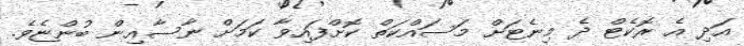
އަދި އެ ރޮކެޓް ދެ މިނެޓަށް މަސައްކަތް ކޮށްފައިވާ ކަމަށް ނާސާއިން ބުންޏެވެ.